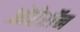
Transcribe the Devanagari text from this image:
ओप्टेरॉन